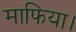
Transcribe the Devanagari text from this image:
माफिया।